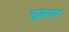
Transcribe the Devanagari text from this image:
सुझाएं